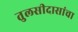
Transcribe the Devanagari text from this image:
तुलसीदासांचा